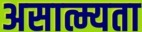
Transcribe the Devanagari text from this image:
असात्म्यता